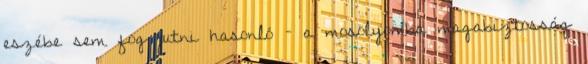
eszébe sem fog jutni hasonló – a mosolyomba magabiztosság